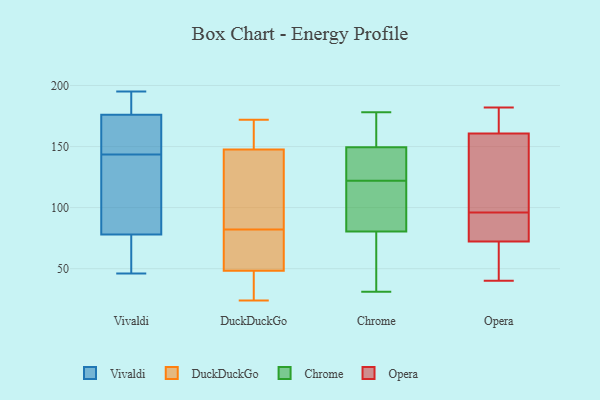
{"axis": {"x": "Satisfaction Score", "y": "Value"}, "legend": ["Chrome", "DuckDuckGo", "Opera", "Vivaldi"], "data": [{"x": "", "y": 195, "type": "Vivaldi"}, {"x": "", "y": 46, "type": "Vivaldi"}, {"x": "", "y": 68, "type": "Vivaldi"}, {"x": "", "y": 81, "type": "Vivaldi"}, {"x": "", "y": 182, "type": "Vivaldi"}, {"x": "", "y": 181, "type": "Vivaldi"}, {"x": "", "y": 64, "type": "Vivaldi"}, {"x": "", "y": 106, "type": "Vivaldi"}, {"x": "", "y": 112, "type": "Vivaldi"}, {"x": "", "y": 160, "type": "Vivaldi"}, {"x": "", "y": 164, "type": "Vivaldi"}, {"x": "", "y": 75, "type": "Vivaldi"}, {"x": "", "y": 186, "type": "Vivaldi"}, {"x": "", "y": 139, "type": "Vivaldi"}, {"x": "", "y": 171, "type": "Vivaldi"}, {"x": "", "y": 148, "type": "Vivaldi"}, {"x": "", "y": 51, "type": "DuckDuckGo"}, {"x": "", "y": 43, "type": "DuckDuckGo"}, {"x": "", "y": 62, "type": "DuckDuckGo"}, {"x": "", "y": 149, "type": "DuckDuckGo"}, {"x": "", "y": 43, "type": "DuckDuckGo"}, {"x": "", "y": 50, "type": "DuckDuckGo"}, {"x": "", "y": 101, "type": "DuckDuckGo"}, {"x": "", "y": 24, "type": "DuckDuckGo"}, {"x": "", "y": 82, "type": "DuckDuckGo"}, {"x": "", "y": 147, "type": "DuckDuckGo"}, {"x": "", "y": 154, "type": "DuckDuckGo"}, {"x": "", "y": 172, "type": "DuckDuckGo"}, {"x": "", "y": 85, "type": "DuckDuckGo"}, {"x": "", "y": 36, "type": "Chrome"}, {"x": "", "y": 94, "type": "Chrome"}, {"x": "", "y": 146, "type": "Chrome"}, {"x": "", "y": 138, "type": "Chrome"}, {"x": "", "y": 164, "type": "Chrome"}, {"x": "", "y": 178, "type": "Chrome"}, {"x": "", "y": 118, "type": "Chrome"}, {"x": "", "y": 96, "type": "Chrome"}, {"x": "", "y": 40, "type": "Chrome"}, {"x": "", "y": 162, "type": "Chrome"}, {"x": "", "y": 124, "type": "Chrome"}, {"x": "", "y": 40, "type": "Chrome"}, {"x": "", "y": 106, "type": "Chrome"}, {"x": "", "y": 31, "type": "Chrome"}, {"x": "", "y": 160, "type": "Chrome"}, {"x": "", "y": 122, "type": "Chrome"}, {"x": "", "y": 124, "type": "Chrome"}, {"x": "", "y": 96, "type": "Opera"}, {"x": "", "y": 68, "type": "Opera"}, {"x": "", "y": 177, "type": "Opera"}, {"x": "", "y": 45, "type": "Opera"}, {"x": "", "y": 182, "type": "Opera"}, {"x": "", "y": 40, "type": "Opera"}, {"x": "", "y": 90, "type": "Opera"}, {"x": "", "y": 114, "type": "Opera"}, {"x": "", "y": 154, "type": "Opera"}, {"x": "", "y": 85, "type": "Opera"}, {"x": "", "y": 163, "type": "Opera"}]}